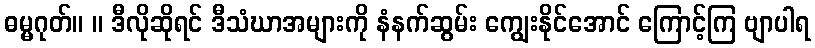
ဓမ္မဂုတ်။ ။ ဒီလိုဆိုရင် ဒီသံဃာအများကို နံနက်ဆွမ်း ကျွေးနိုင်အောင် ကြောင့်ကြ ဗျာပါရ